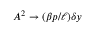
A ^ { 2 } \to ( \beta p / \ell ) \delta y